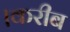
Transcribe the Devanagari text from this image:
।करीब